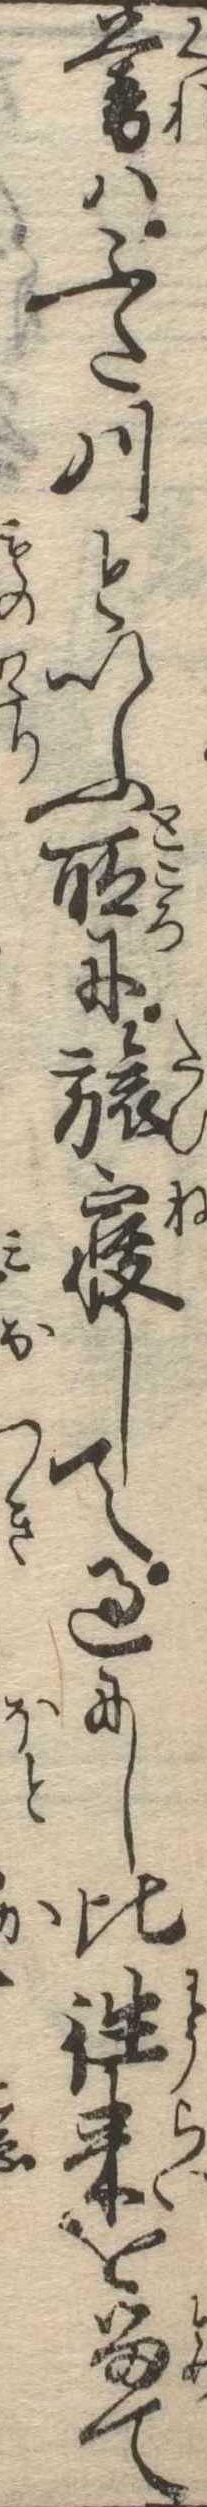
暮はふた川といふ所に旅寝して過にし比往来を留て